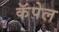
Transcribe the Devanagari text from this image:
कॅपेल